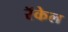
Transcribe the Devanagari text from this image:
रॅकेल